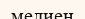
медиен